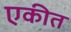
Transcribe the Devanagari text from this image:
एकीत